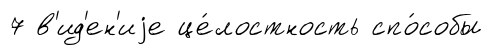
7 в'ид'ен'иjе це́лостность спо́собы